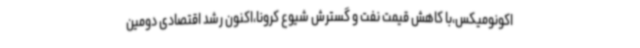
اکونومیکس،با کاهش قیمت نفت و گسترش شیوع کرونا،اکنون رشد اقتصادی دومین